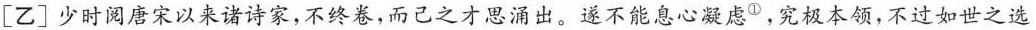
[乙]少时阅唐宋以来诸诗家，不终卷，而己之才思涌出。遂不能息心凝虑^{①}，究极本领，不过如世之选